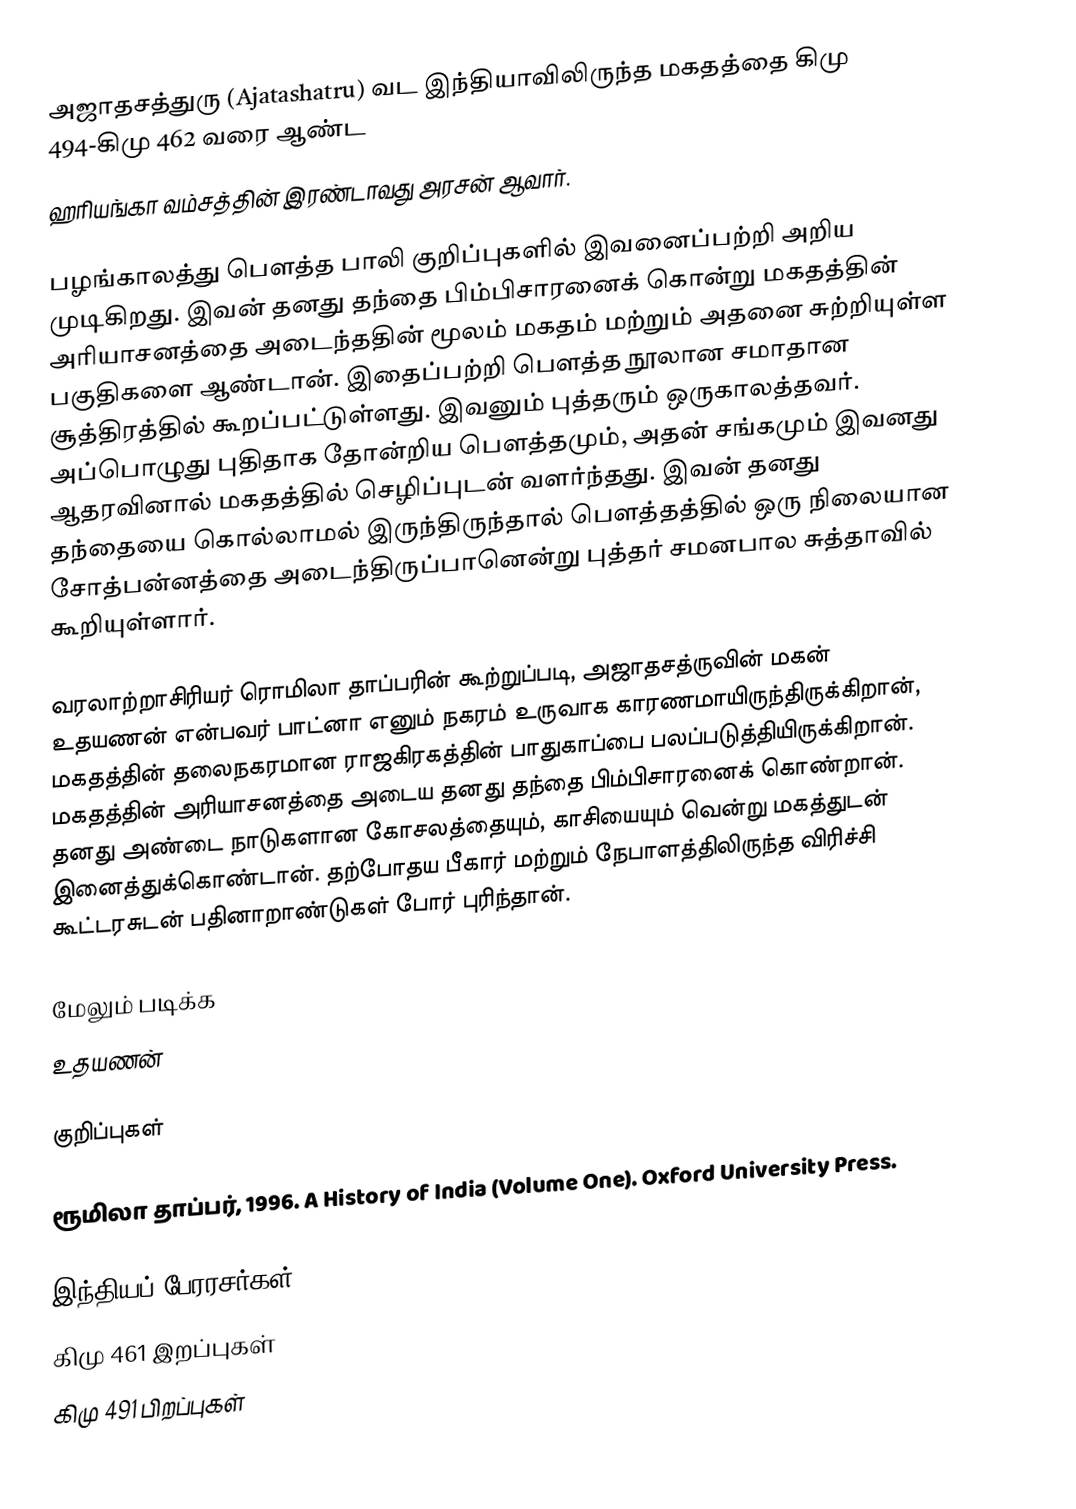
அஜாதசத்துரு (Ajatashatru) வட இந்தியாவிலிருந்த மகதத்தை கிமு 494-கிமு 462 வரை ஆண்ட
ஹரியங்கா வம்சத்தின் இரண்டாவது  அரசன் ஆவார்.

பழங்காலத்து பௌத்த பாலி குறிப்புகளில் இவனைப்பற்றி அறிய முடிகிறது. இவன் தனது தந்தை பிம்பிசாரனைக் கொன்று மகதத்தின் அரியாசனத்தை அடைந்ததின் மூலம் மகதம் மற்றும் அதனை சுற்றியுள்ள பகுதிகளை ஆண்டான். இதைப்பற்றி பௌத்த நூலான சமாதான சூத்திரத்தில் கூறப்பட்டுள்ளது. இவனும் புத்தரும் ஒருகாலத்தவர். அப்பொழுது புதிதாக தோன்றிய பௌத்தமும், அதன் சங்கமும் இவனது ஆதரவினால் மகதத்தில் செழிப்புடன் வளர்ந்தது. இவன் தனது தந்தையை கொல்லாமல் இருந்திருந்தால் பௌத்தத்தில் ஒரு நிலையான சோத்பன்னத்தை அடைந்திருப்பானென்று புத்தர் சமனபால சுத்தாவில் கூறியுள்ளார்.

வரலாற்றாசிரியர் ரொமிலா தாப்பரின் கூற்றுப்படி, அஜாதசத்ருவின் மகன் உதயணன் என்பவர்  பாட்னா எனும் நகரம் உருவாக காரணமாயிருந்திருக்கிறான், மகதத்தின் தலைநகரமான ராஜகிரகத்தின் பாதுகாப்பை பலப்படுத்தியிருக்கிறான். மகதத்தின் அரியாசனத்தை அடைய தனது தந்தை பிம்பிசாரனைக் கொண்றான். தனது அண்டை நாடுகளான கோசலத்தையும், காசியையும் வென்று மகத்துடன் இனைத்துக்கொண்டான். தற்போதய பீகார் மற்றும் நேபாளத்திலிருந்த விரிச்சி கூட்டரசுடன் பதினாறாண்டுகள் போர் புரிந்தான்.

மேலும் படிக்க
 உதயணன்

குறிப்புகள்

 ரூமிலா தாப்பர், 1996. A History of India (Volume One). Oxford University Press.

இந்தியப் பேரரசர்கள்
கிமு 461 இறப்புகள்
கிமு 491 பிறப்புகள்